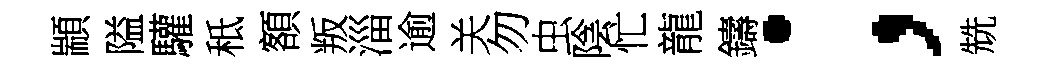
顓隘驩秪額叛淄逾关勿虫陰忙龍鑄；兟